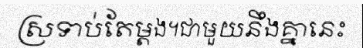
ស្រទាប់តែម្តង។ជាមួយនឹងគ្នានេះ